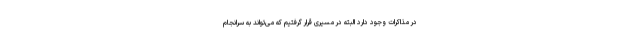
در مذاکرات وجود دارد البته در مسیری قرار گرفتیم که می‌تواند به سرانجام